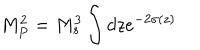
M _ { P } ^ { 2 } = M _ { s } ^ { 3 } \int d z e ^ { - 2 \sigma ( z ) }